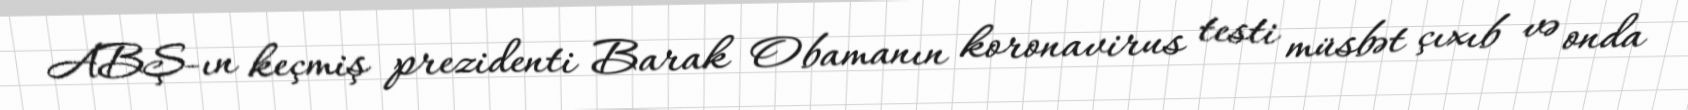
ABŞ-ın keçmiş prezidenti Barak Obamanın koronavirus testi müsbət çıxıb və onda